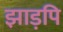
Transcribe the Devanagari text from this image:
झाड़पि